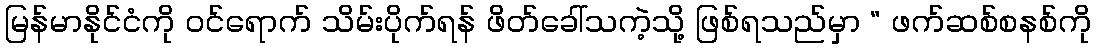
မြန်မာနိုင်ငံကို ဝင်ရောက် သိမ်းပိုက်ရန် ဖိတ်ခေါ်သကဲ့သို့ ဖြစ်ရသည်မှာ “ ဖက်ဆစ်စနစ်ကို